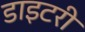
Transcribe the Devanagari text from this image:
डाइटरी